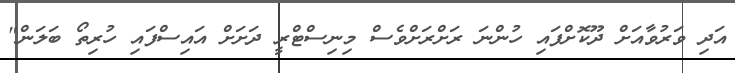
އަދި ވަރުވާއަށް ދޫކޮށްފައި ހުންނަ ރަށްރަށްވެސް މިނިސްޓްރީ ދަށަށް އައިސްފައި ހުރިތޯ ބަލަން"